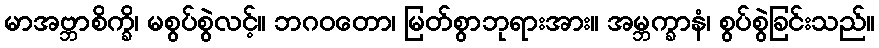
မာအဗ္ဘာစိက္ခိ၊ မစွပ်စွဲလင့်။ ဘဂဝတော၊ မြတ်စွာဘုရားအား။ အမ္ဘက္ခာနံ၊ စွပ်စွဲခြင်းသည်။